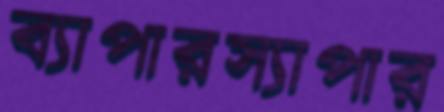
ব্যাপারস্যাপার